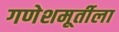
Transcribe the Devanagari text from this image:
गणेशमूर्तीला